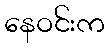
နေဝင်းက